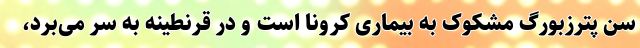
سن پترزبورگ مشکوک به بیماری کرونا است و در قرنطینه به سر می‌برد،